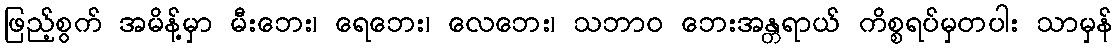
ဖြည့်စွက် အမိန့်မှာ မီးဘေး၊ ရေဘေး၊ လေဘေး၊ သဘာ၀ ဘေးအန္တရာယ် ကိစ္စရပ်မှတပါး သာမှန်